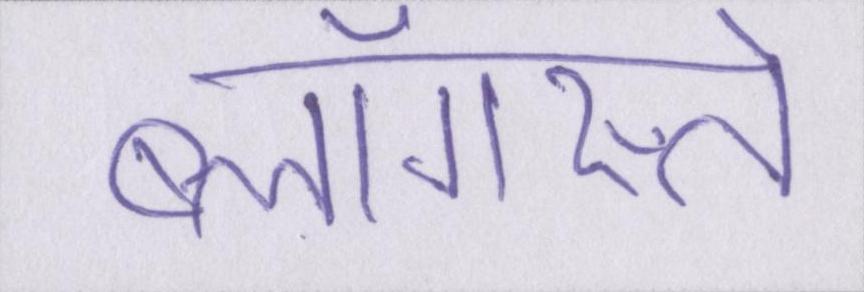
ब्लॉगस्ते